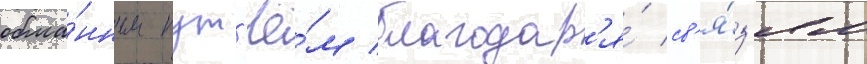
обма́нным пут'ё́м благодар'я́ св'я́з'ям